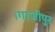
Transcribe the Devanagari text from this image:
।गाजीपुर